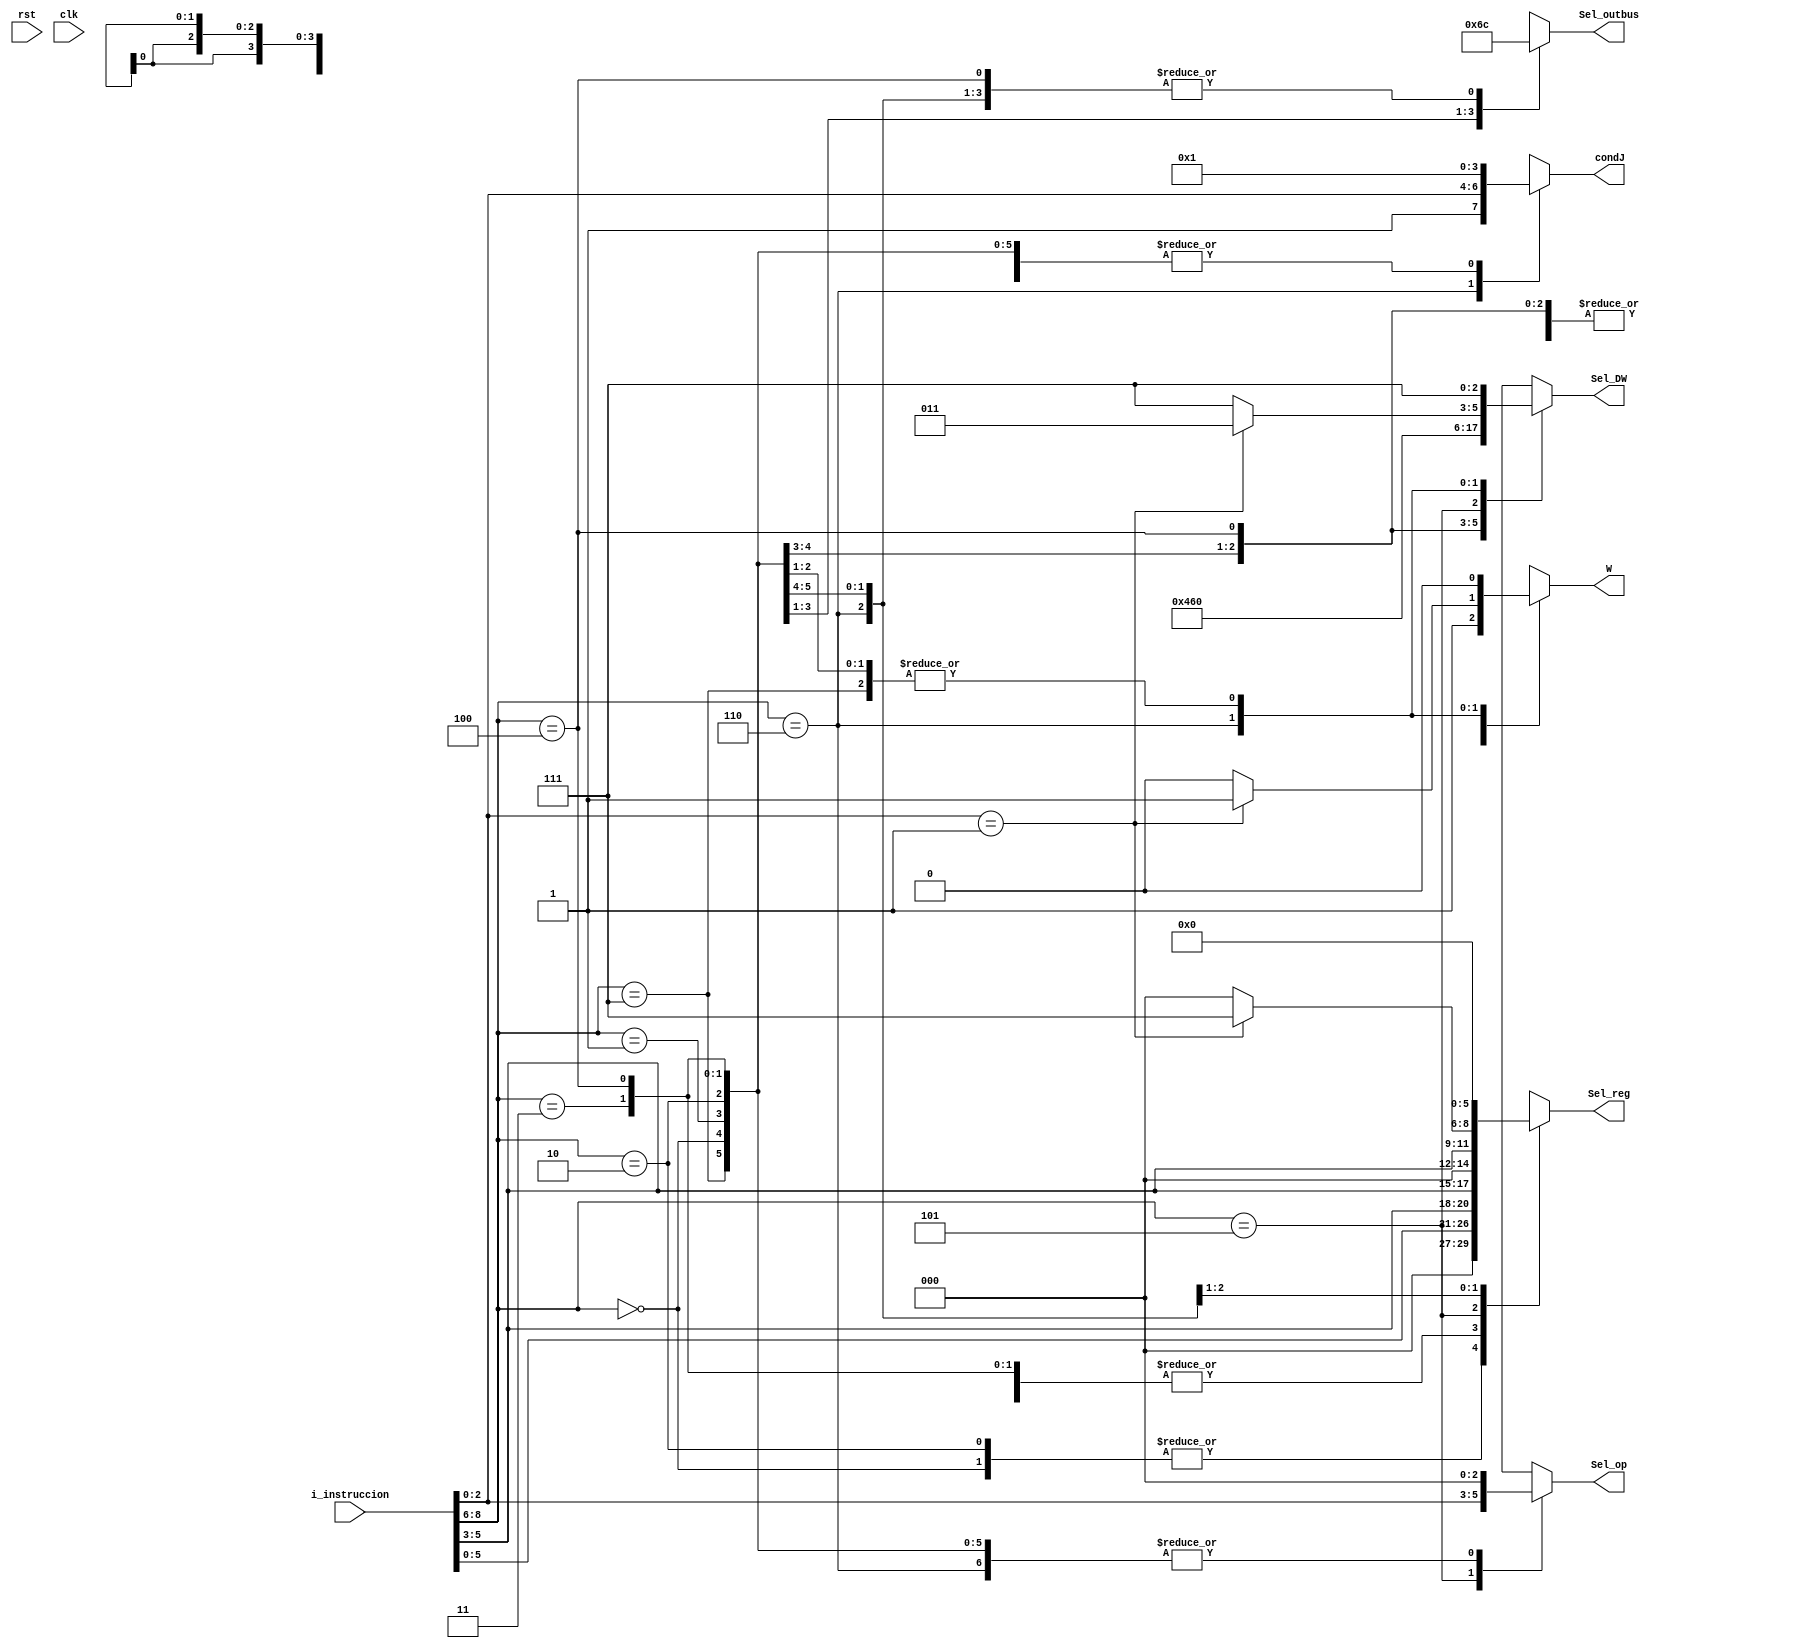
`timescale 1ns / 1ps
//////////////////////////////////////////////////////////////////////////////////
// Company: 
// Engineer: 
// 
// Design Name: 
// Module Name: C_deco
// Project Name: 
// Target Devices: 
// Tool Versions: 
// Description: 
// 
// Dependencies: 
// 
// Revision:
// Revision 0.01 - File Created
// Additional Comments:
// 
//////////////////////////////////////////////////////////////////////////////////


module deco(
    input [8:0] i_instruccion,
    output reg [3:0] condJ,
    output reg [2:0] Sel_op,
    output reg [5:0] Sel_reg,
    output reg W,
    output reg [1:0] Sel_outbus,
    output reg [2:0] Sel_DW,
    input rst,
    input clk
    );
   
    
    parameter 
    LoadRxNum =3'b000,
    LoadRxARy =3'b001,
    StoreARxNum =3'b010,
    StoreARxRy =3'b011,
    MoveRxRy =3'b100,
    MathRxOp =3'b101,
    JumpRxCond =3'b110,
    NOP =3'b111;
        
    always @(i_instruccion) 
        begin
        case (i_instruccion[8:6])
        LoadRxNum: begin   condJ <= 4'b0001; Sel_op <= 0; Sel_reg <= {3'b000,i_instruccion[5:3]}; W <= 1; Sel_outbus <= 0; Sel_DW <= 3'b010; end
        LoadRxARy: begin   condJ <= 4'b0001; Sel_op <= 0; Sel_reg <= {i_instruccion[2:0],i_instruccion[5:3]}; W <= 1; Sel_outbus <= 2'b01; Sel_DW<=3'b001; end
        StoreARxNum: begin condJ <= 4'b0001; Sel_op <= 0; Sel_reg <= {3'b000,i_instruccion[5:3]}; W <= 0; Sel_outbus <= 2'b10; Sel_DW <= 3'b111; end
        StoreARxRy: begin  condJ <= 4'b0001; Sel_op <= 0; Sel_reg <= {i_instruccion[2:0],i_instruccion[5:3]}; W <= 0; Sel_outbus <= 2'b11; Sel_DW <= 3'b111; end
        MoveRxRy: begin    condJ <= 4'b0001; Sel_op <= 0; Sel_reg <= {i_instruccion[2:0],i_instruccion[5:3]}; W <= 1; Sel_outbus <= 0; Sel_DW <= 3'b100; end
        MathRxOp: begin    condJ <= 4'b0001; Sel_op <= i_instruccion[2:0]; Sel_reg <= {i_instruccion[5:3],3'b000}; W <= 1; Sel_outbus <= 0; Sel_DW <= 3'b000; end
        JumpRxCond: begin 
            if(i_instruccion[2:0]==3'b001) // jump sin condicion y guardar pc en R7
                begin  condJ <= {1'b1,i_instruccion[2:0]}; Sel_op <= 0; Sel_reg <= {i_instruccion[5:3],3'b111}; W <= 1; Sel_outbus <= 0; Sel_DW <= 3'b011;  end
            else //las demas condiciones de jump
                begin  condJ <= {1'b1,i_instruccion[2:0]}; Sel_op <= 0; Sel_reg <= {i_instruccion[5:3],3'b000}; W <= 0; Sel_outbus <= 0; Sel_DW <= 3'b111;  end
            end                                   
        NOP:begin      condJ <= 4'b0001; Sel_op <= 0; Sel_reg <= 0; W <= 0; Sel_outbus <= 0; Sel_DW <= 3'b111; end
        default:begin  condJ <= 4'b0001; Sel_op <= 0; Sel_reg <= 0; W <= 0; Sel_outbus <= 0; Sel_DW <= 3'b111; end
        endcase
    end
   
endmodule